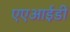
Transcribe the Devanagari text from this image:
एएआईडी